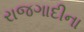
રાજગાદીના